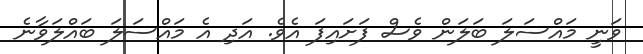
ވަނީ މައްސަލަ ބަލަން ވެސް ފަށައިފަ އެވެ. އަދި އެ މައްސަލަ ބައްލަވާނެ